NAE_ERA_R-1018_Narva_Linna_TSN_Taitevkomitee, lk 6
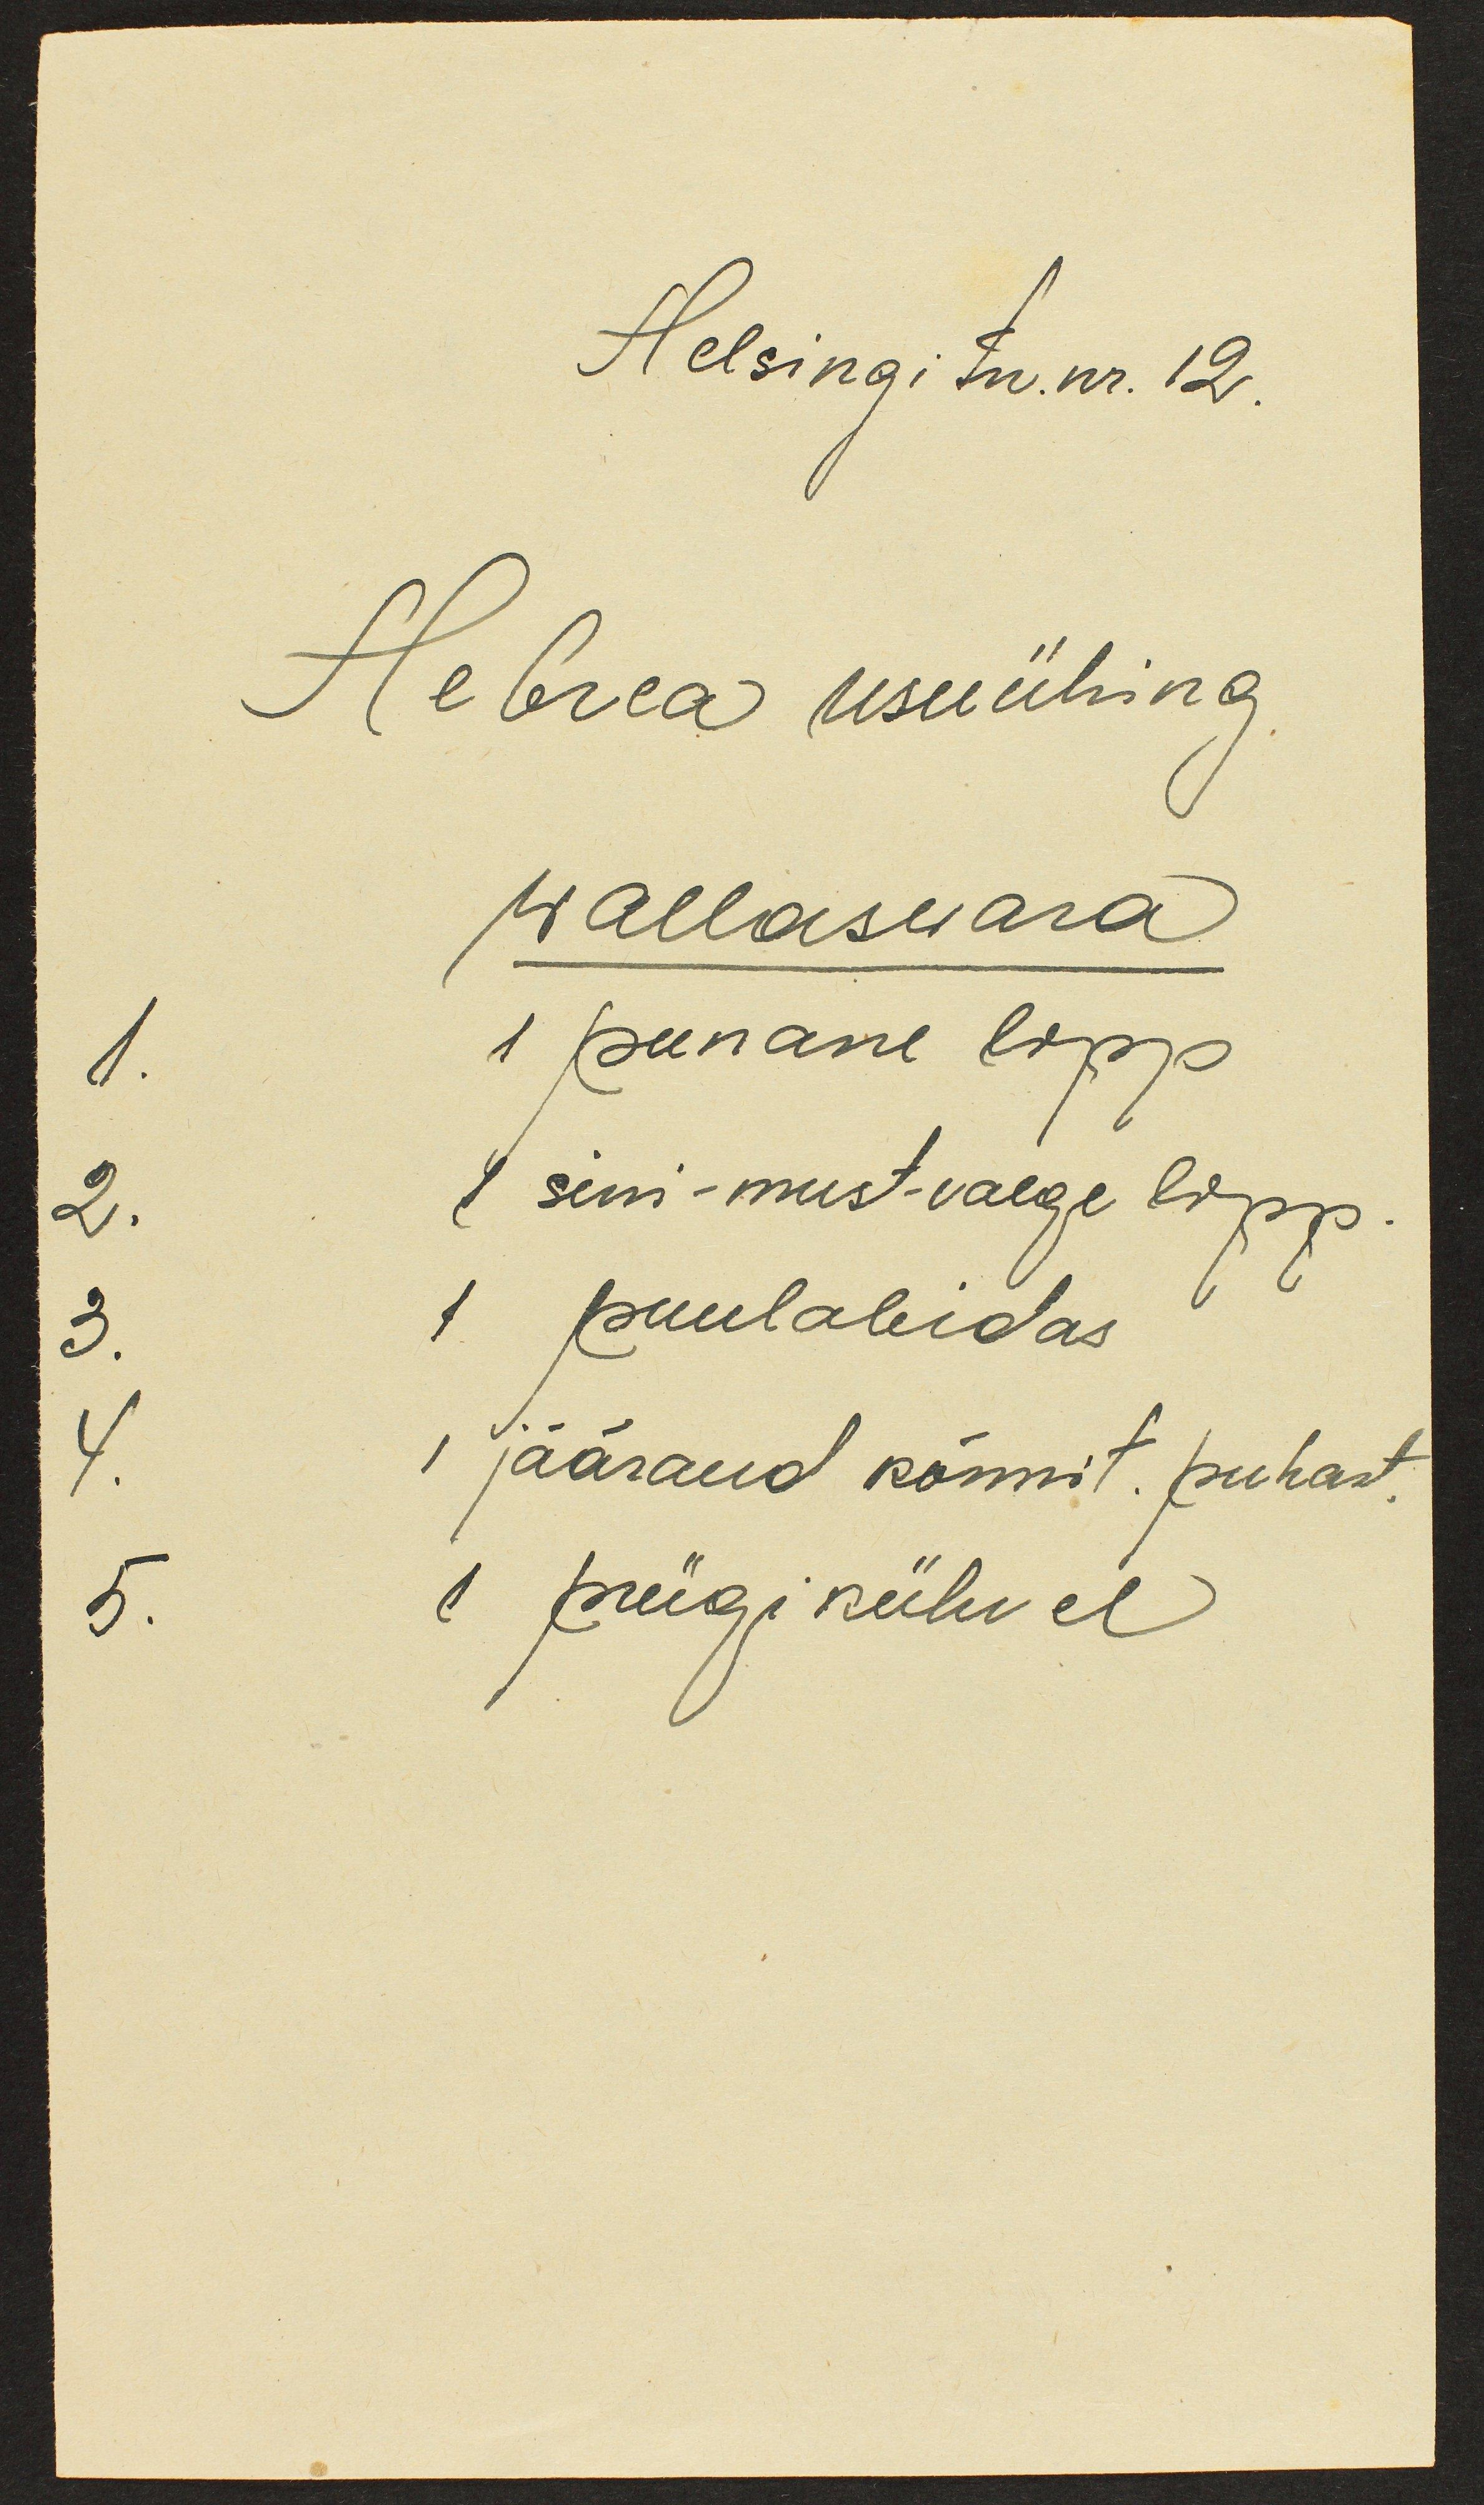
Helsingi tn. nr. 12.
Hebrea usuühing.
Wallaswara
1. 1 punane lipp
2. 1 sini-must-valge lipp.
3. 1 puulabidas
4. 1 jääraud kõnnit. puhast.
5. 1 prügikühvel